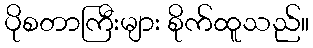
ပိုစတာကြီးများ စိုက်ထူသည်။